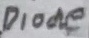
Text: Diode